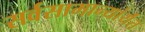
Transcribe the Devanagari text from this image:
सर्वसामान्यांर्यंत